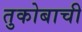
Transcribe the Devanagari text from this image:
तुकोबाची